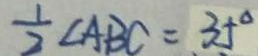
\frac { 1 } { 2 } \angle A B C = 3 5 ^ { \circ }